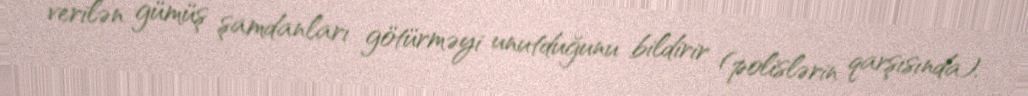
verilən gümüş şamdanları götürməyi unutduğunu bildirir (polislərin qarşısında).